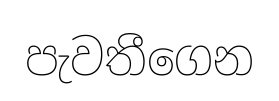
පැවතීගෙන